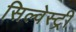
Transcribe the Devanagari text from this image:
सिल्वेस्ट्री